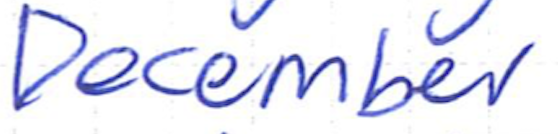
Text: December
Cross-out: clean
Writing tool: ballpoint